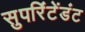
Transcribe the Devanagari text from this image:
सुपरिंटेंडंट